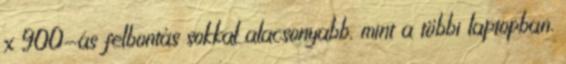
x 900-as felbontás sokkal alacsonyabb, mint a többi laptopban.